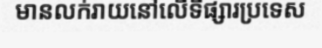
មានលក់រាយនៅលើទីផ្សារប្រទេស